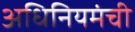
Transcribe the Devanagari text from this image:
अधिनियमंची